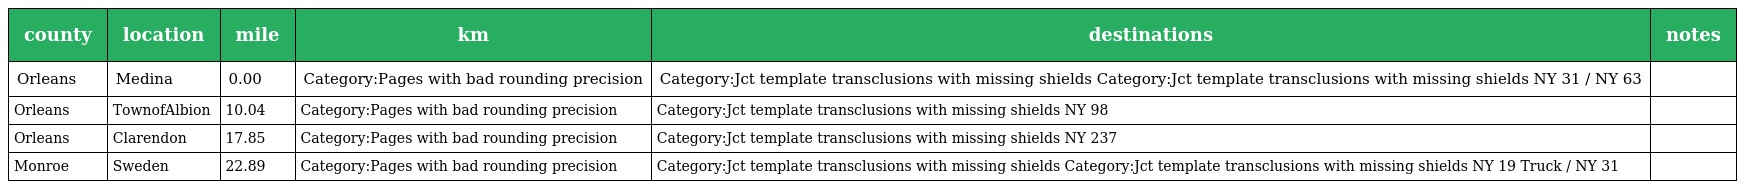
| county | location | mile | km | destinations | notes |
 | --- | --- | --- | --- | --- | --- |
 | Orleans | Medina | 0.00 | Category:Pages with bad rounding precision | Category:Jct template transclusions with missing shields Category:Jct template transclusions with missing shields NY 31 / NY 63 |  |
 | Orleans | TownofAlbion | 10.04 | Category:Pages with bad rounding precision | Category:Jct template transclusions with missing shields NY 98 |  |
 | Orleans | Clarendon | 17.85 | Category:Pages with bad rounding precision | Category:Jct template transclusions with missing shields NY 237 |  |
 | Monroe | Sweden | 22.89 | Category:Pages with bad rounding precision | Category:Jct template transclusions with missing shields Category:Jct template transclusions with missing shields NY 19 Truck / NY 31 |  |